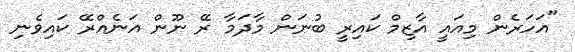
"އަހަރެން މިއައީ އާޒިމް ކައިރީ ބުނަން މާދަމާ ރޭ ނޫން އަނެއްރޭ ކައިވެނި